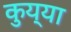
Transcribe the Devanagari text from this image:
कुय्या